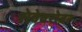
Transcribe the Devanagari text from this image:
सेवेबरोबर